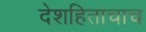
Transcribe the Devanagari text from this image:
देशहिताचाच